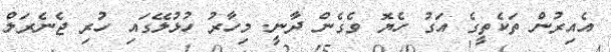
އެއިރުން ތަކެތީގެ އަގު ހެޔޮ ވެގެން ދާނީ. މިހާރު ހުޅުލޭގައި ހުރި ޖެނެރަލް